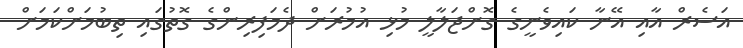
އަސެރް އާއި އޭނާ ކައިވެނީގެ ގޮށްޖަލާލީ މުޅި އުމުރަށް ދެމަފިރިންގެ ގޮތުގައި ތިބުމަށްކަމަށް